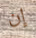
إن